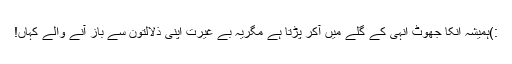
:)ہمیشہ انکا جھوٹ انہی کے گلے میں آکر پڑتا ہے مگریہ بے غیرت اپنی ذلالتون سے باز آنے والے کہاں!